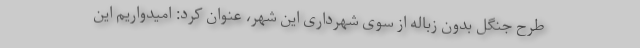
طرح جنگل بدون زباله از سوی شهرداری این شهر، عنوان کرد: امیدواریم این